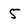
Character: 5